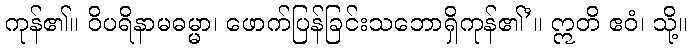
ကုန်၏။ ဝိပရိနာမဓမ္မာ၊ ဖောက်ပြန်ခြင်းသဘောရှိကုန်၏’။ ဣတိ ဧဝံ၊ သို့။